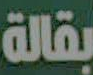
بقالة